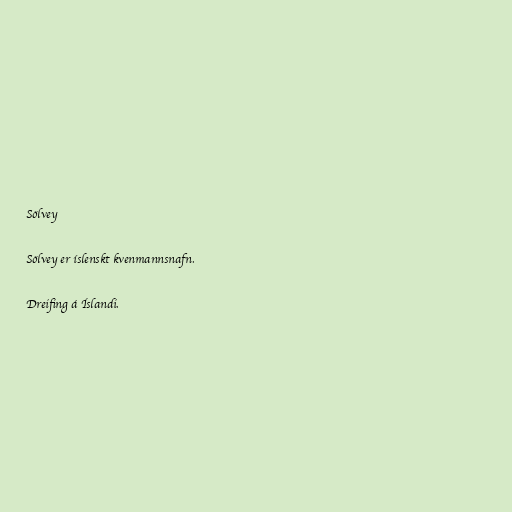
Sölvey

Sölvey er íslenskt kvenmannsnafn.

Dreifing á Íslandi.